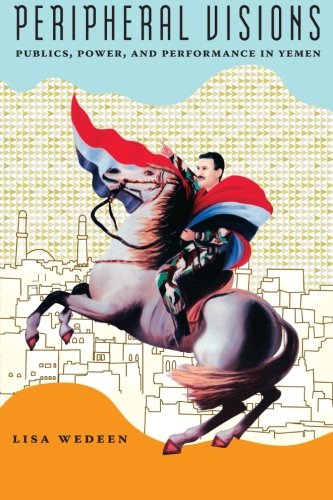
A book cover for Peripheral Visions: Publics, Power, and Performance in Yemen (Chicago Studies in Practices of Meaning); Lisa Wedeen; History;